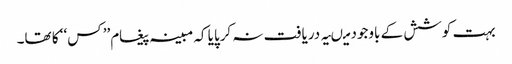
بہت کوشش کے باوجود میںیہ دریافت نہ کرپایا کہ مبینہ پیغام’’ کس‘‘ کا تھا۔